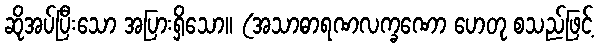
ဆိုအပ်ပြီးသော အပြားရှိသော။ (အသာဓာရဏလက္ခဏော ဟေတု စသည်ဖြင့်